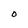
Character: O